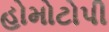
હોમોટોપી